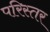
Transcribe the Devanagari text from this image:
परिस्तर